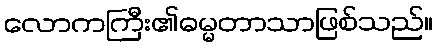
လောကကြီး၏ဓမ္မတာသာဖြစ်သည်။